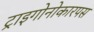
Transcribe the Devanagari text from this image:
ट्राइगोनोकारपस